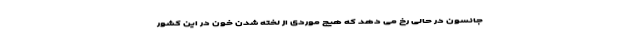
جانسون در حالی رخ می دهد که هیچ موردی از لخته شدن خون در این کشور